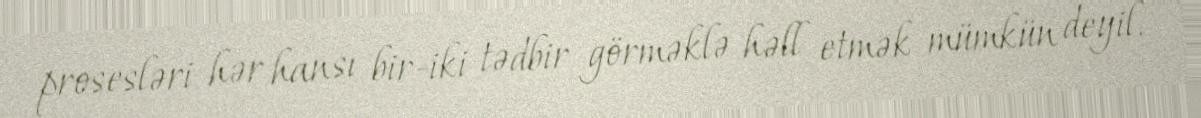
prosesləri hər hansı bir-iki tədbir görməklə həll etmək mümkün deyil.